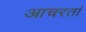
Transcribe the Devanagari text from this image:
आचरतां